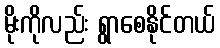
မိုးကိုလည်း ရွာစေနိုင်တယ်